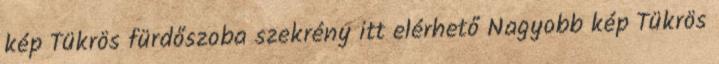
kép Tükrös fürdőszoba szekrény itt elérhető Nagyobb kép Tükrös